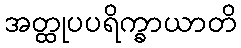
အတ္ထုပပရိက္ခာယာတိ